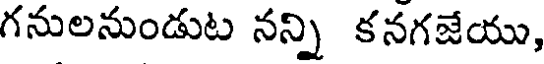
గనులనుండుట నన్ని కనగజేయు,